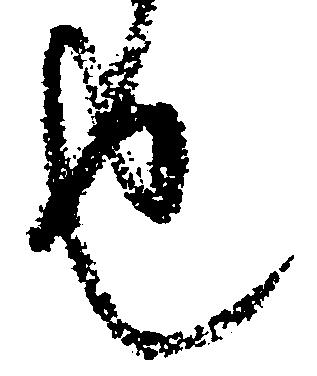
也